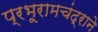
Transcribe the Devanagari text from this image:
प्रभूरामचंद्राने